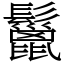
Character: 鬣